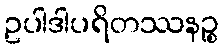
ဥပါဒါပရိတဿနဉ္စ